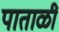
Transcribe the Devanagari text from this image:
पाताळीं